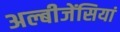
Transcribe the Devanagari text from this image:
अल्बीजेंसियां